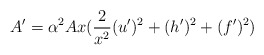
\begin{align*}A' = \alpha^2 A x (\frac{2}{x^2}(u')^2 + (h')^2 + (f')^2)\end{align*}